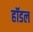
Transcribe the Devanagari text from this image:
हॉडल